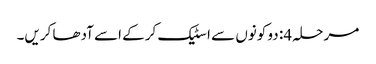
مرحلہ 4: دو کونوں سے اسٹیک کرکے اسے آدھا کریں۔